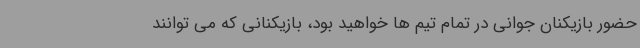
حضور بازیکنان جوانی در تمام تیم ها خواهید بود، بازیکنانی که می توانند